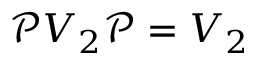
\mathcal P V _ { 2 } \mathcal { P } = V _ { 2 }